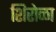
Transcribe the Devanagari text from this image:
शिरोळा